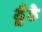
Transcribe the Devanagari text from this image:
ठूँठे